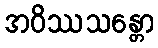
အဝိဿသန္တော